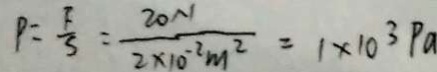
P = \frac { F } { S } = \frac { 2 0 N } { 2 \times 1 0 ^ { - 2 } m ^ { 2 } } = 1 \times 1 0 ^ { 3 } P a